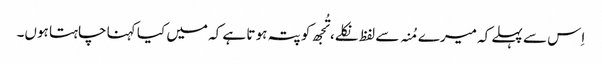
اِس سے پہلے کہ میرے مُنہ سے لفظ نکلے، تُجھ کو پتہ ہو تا ہے کہ میں کیا کہنا چاہتا ہوں۔